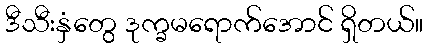
ဒီသီးနှံတွေ ဒုက္ခမရောက်အောင် ရှိတယ်။